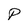
Character: P